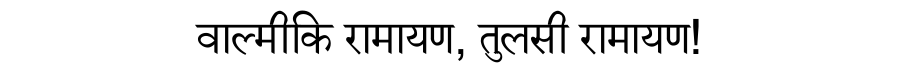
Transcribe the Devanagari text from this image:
वाल्मीकि रामायण, तुलसी रामायण!